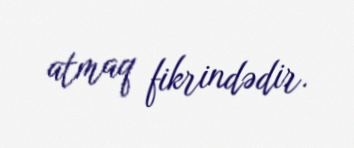
atmaq fikrindədir.